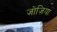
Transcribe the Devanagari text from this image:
जोज़िया